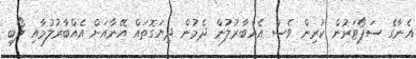
އެނާގެ ސަޕޯޓަރުން ކުރިން ވެސް އެއްބާރުލުން ދެމުން ދިޔަގޮތައް އޭނާއަށް އެއްބާރުލުމާއި ލޯބި